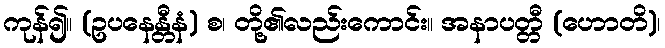
ကုန်၍။ (ဥပနေန္တီနံ) စ၊ တို့၏လည်းကောင်း။ အနာပတ္တီ (ဟောတိ)၊